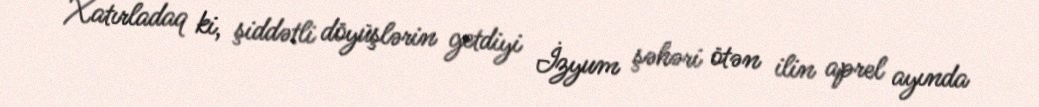
Xatırladaq ki, şiddətli döyüşlərin getdiyi İzyum şəhəri ötən ilin aprel ayında